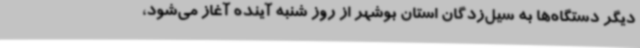
دیگر دستگاه‌ها به سیل‌زدگان استان بوشهر از روز شنبه آینده آغاز می‌شود،